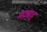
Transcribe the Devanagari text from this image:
भद्रबाहू